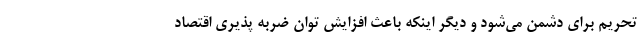
تحریم برای دشمن می‌شود و دیگر اینکه باعث افزایش توان ضربه پذیری اقتصاد